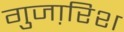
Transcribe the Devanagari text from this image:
गुजा़रिश